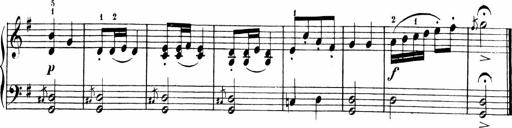
Title: Sonatinen Op.47, 98 und 136, nebst 6 Liedersonatinen
Composer: Carl Reinecke